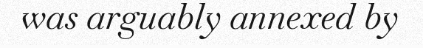
was arguably annexed by